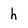
Character: h